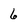
Character: 6